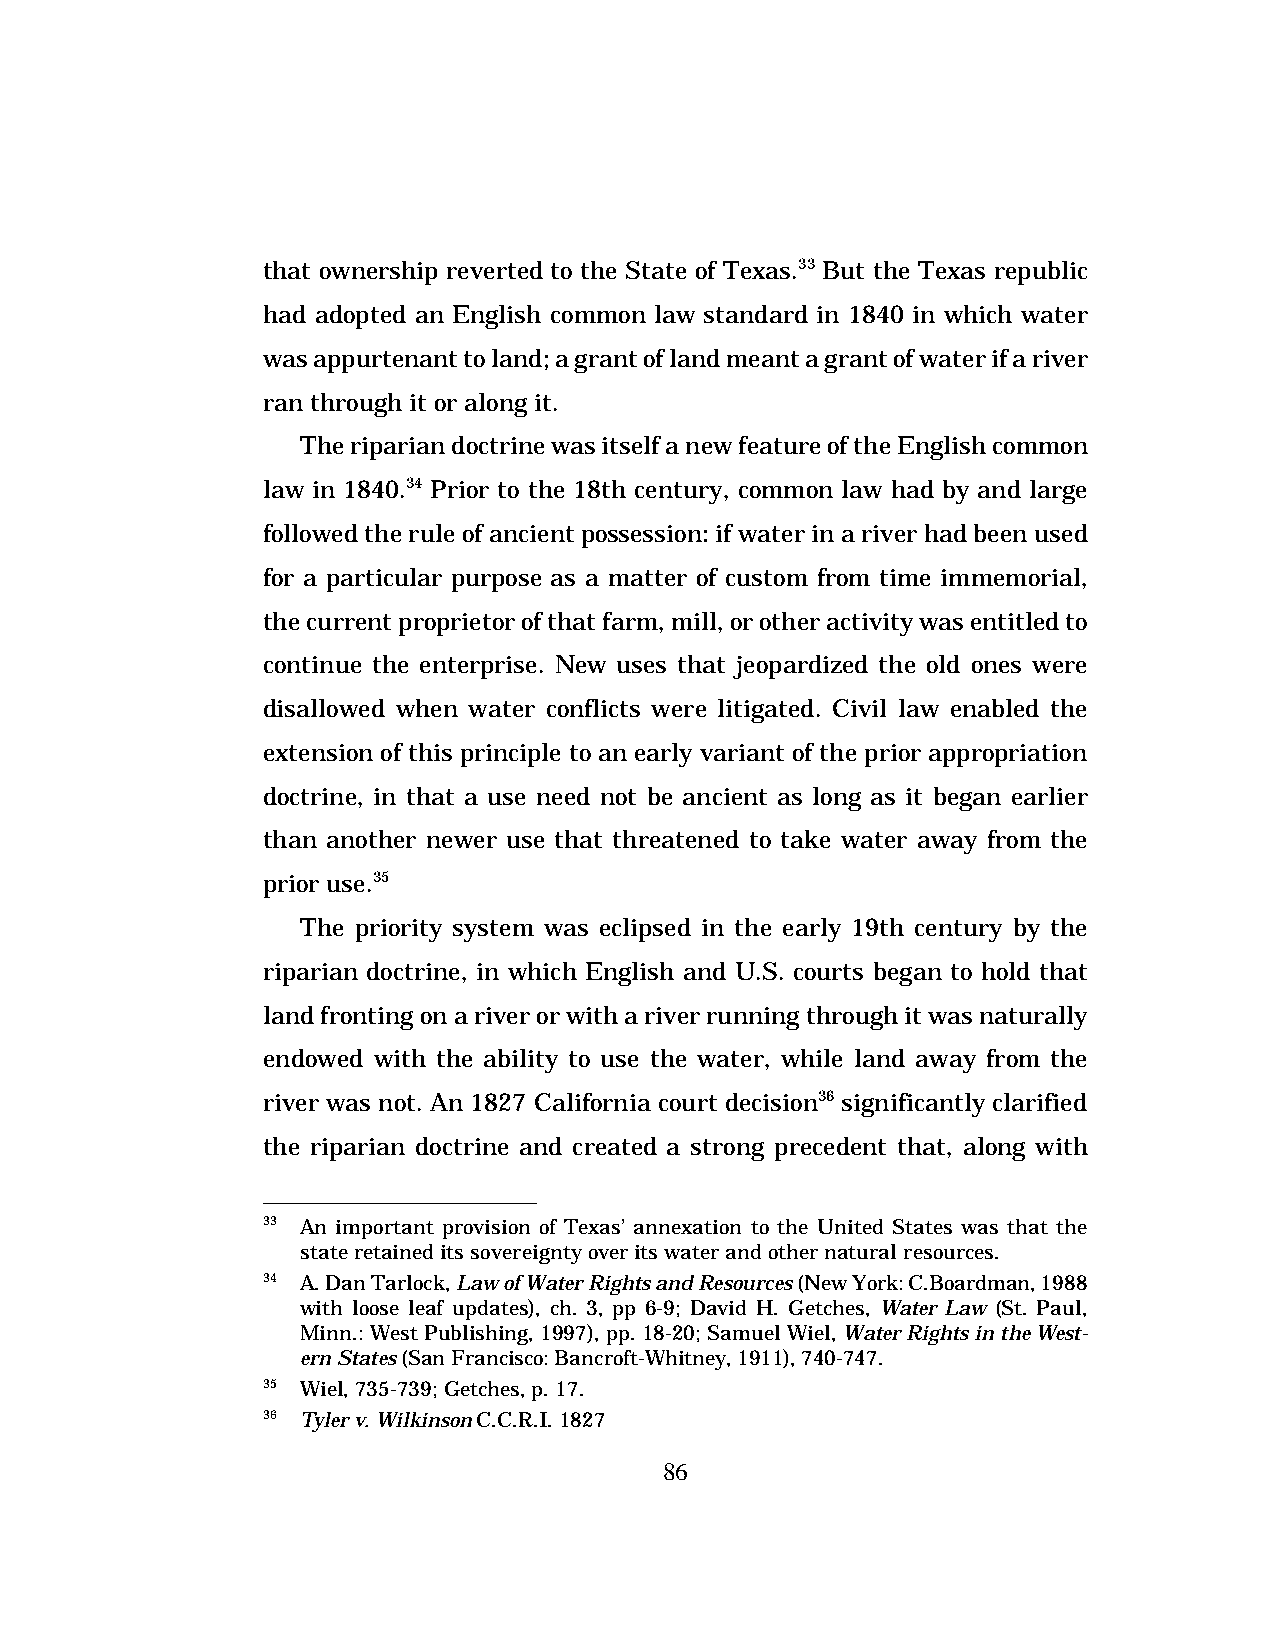
that ownership reverted to the State of Texas.33 But the Texas republic
 had adopted an English common law standard in 1840 in which water
 was appurtenant to land; a grant of land meant a grant of water if a river
 ran through it or along it.
 The riparian doctrine was itself a new feature of the English common
 law in 1840.34 Prior to the 18th century, common law had by and large
 followed the rule of ancient possession: if water in a river had been used
 for a particular purpose as a matter of custom from time immemorial,
 the current proprietor of that farm, mill, or other activity was entitled to
 continue the enterprise. New uses that jeopardized the old ones were
 disallowed when water conflicts were litigated. Civil law enabled the
 extension of this principle to an early variant of the prior appropriation
 doctrine, in that a use need not be ancient as long as it began earlier
 than another newer use that threatened to take water away from the
 prior use.35
 The priority system was eclipsed in the early 19th century by the
 riparian doctrine, in which English and U.S. courts began to hold that
 land fronting on a river or with a river running through it was naturally
 endowed with the ability to use the water, while land away from the
 river was not. An 1827 California court decision36 significantly clarified
 the riparian doctrine and created a strong precedent that, along with
 33 An important provision of Texas’ annexation to the United States was that the
 state retained its sovereignty over its water and other natural resources.
 34 A. Dan Tarlock, Law of Water Rights and Resources (New York: C.Boardman, 1988
 with loose leaf updates), ch. 3, pp 6-9; David H. Getches, Water Law (St. Paul,
 Minn.: West Publishing, 1997), pp. 18-20; Samuel Wiel, Water Rights in the West-
 ern States (San Francisco: Bancroft-Whitney, 1911), 740-747.
 35 Wiel, 735-739; Getches, p. 17.
 36 Tyler v. Wilkinson C.C.R.I. 1827
 86